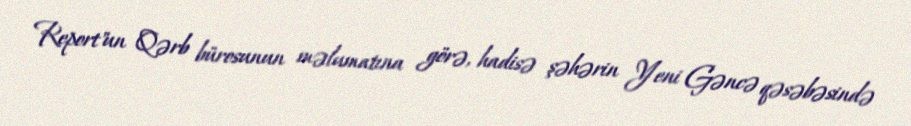
Report"un Qərb bürosunun məlumatına görə, hadisə şəhərin Yeni Gəncə qəsəbəsində